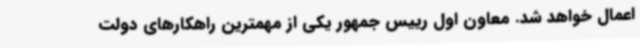
اعمال خواهد شد. معاون اول رییس جمهور یکی از مهمترین راهکارهای دولت